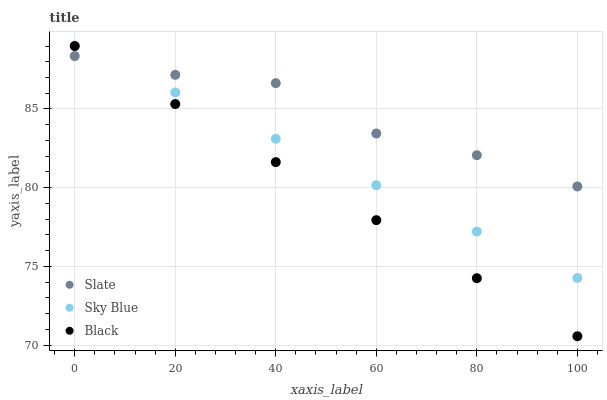
| xaxis_label | Slate | Sky Blue | Black |
 | --- | --- | --- | --- |
 | 0 | 88.4 | 89 | 89 |
 | 20 | 87.2 | 86.1 | 85.3 |
 | 40 | 86.6 | 83.1 | 81.6 |
 | 60 | 83.4 | 80.2 | 77.9 |
 | 80 | 82.1 | 77.2 | 74.3 |
 | 100 | 80.1 | 74.3 | 70.6 |